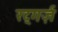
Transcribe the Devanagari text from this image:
रट्गर्ज़